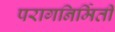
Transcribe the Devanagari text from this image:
परागनिर्मिती